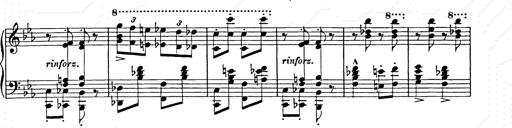
Title: Hungarian Rhapsody No.9
Composer: Franz Liszt
Key: E-flat major